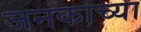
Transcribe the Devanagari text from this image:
जनकाच्या